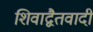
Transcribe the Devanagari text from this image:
शिवाद्वैतवादी